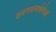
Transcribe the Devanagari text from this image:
उपनयनाचेवेळीं